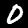
Digit: 0